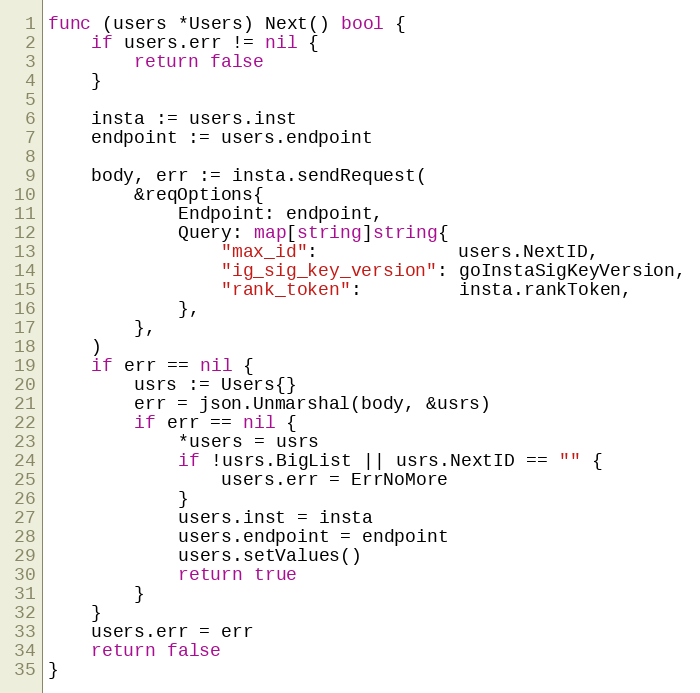
Language: Go
func (users *Users) Next() bool {
	if users.err != nil {
		return false
	}

	insta := users.inst
	endpoint := users.endpoint

	body, err := insta.sendRequest(
		&reqOptions{
			Endpoint: endpoint,
			Query: map[string]string{
				"max_id":             users.NextID,
				"ig_sig_key_version": goInstaSigKeyVersion,
				"rank_token":         insta.rankToken,
			},
		},
	)
	if err == nil {
		usrs := Users{}
		err = json.Unmarshal(body, &usrs)
		if err == nil {
			*users = usrs
			if !usrs.BigList || usrs.NextID == "" {
				users.err = ErrNoMore
			}
			users.inst = insta
			users.endpoint = endpoint
			users.setValues()
			return true
		}
	}
	users.err = err
	return false
}